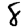
Digit: 8